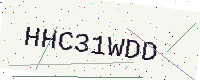
Text: HHC31WDD